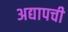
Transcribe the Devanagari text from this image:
अद्यापची